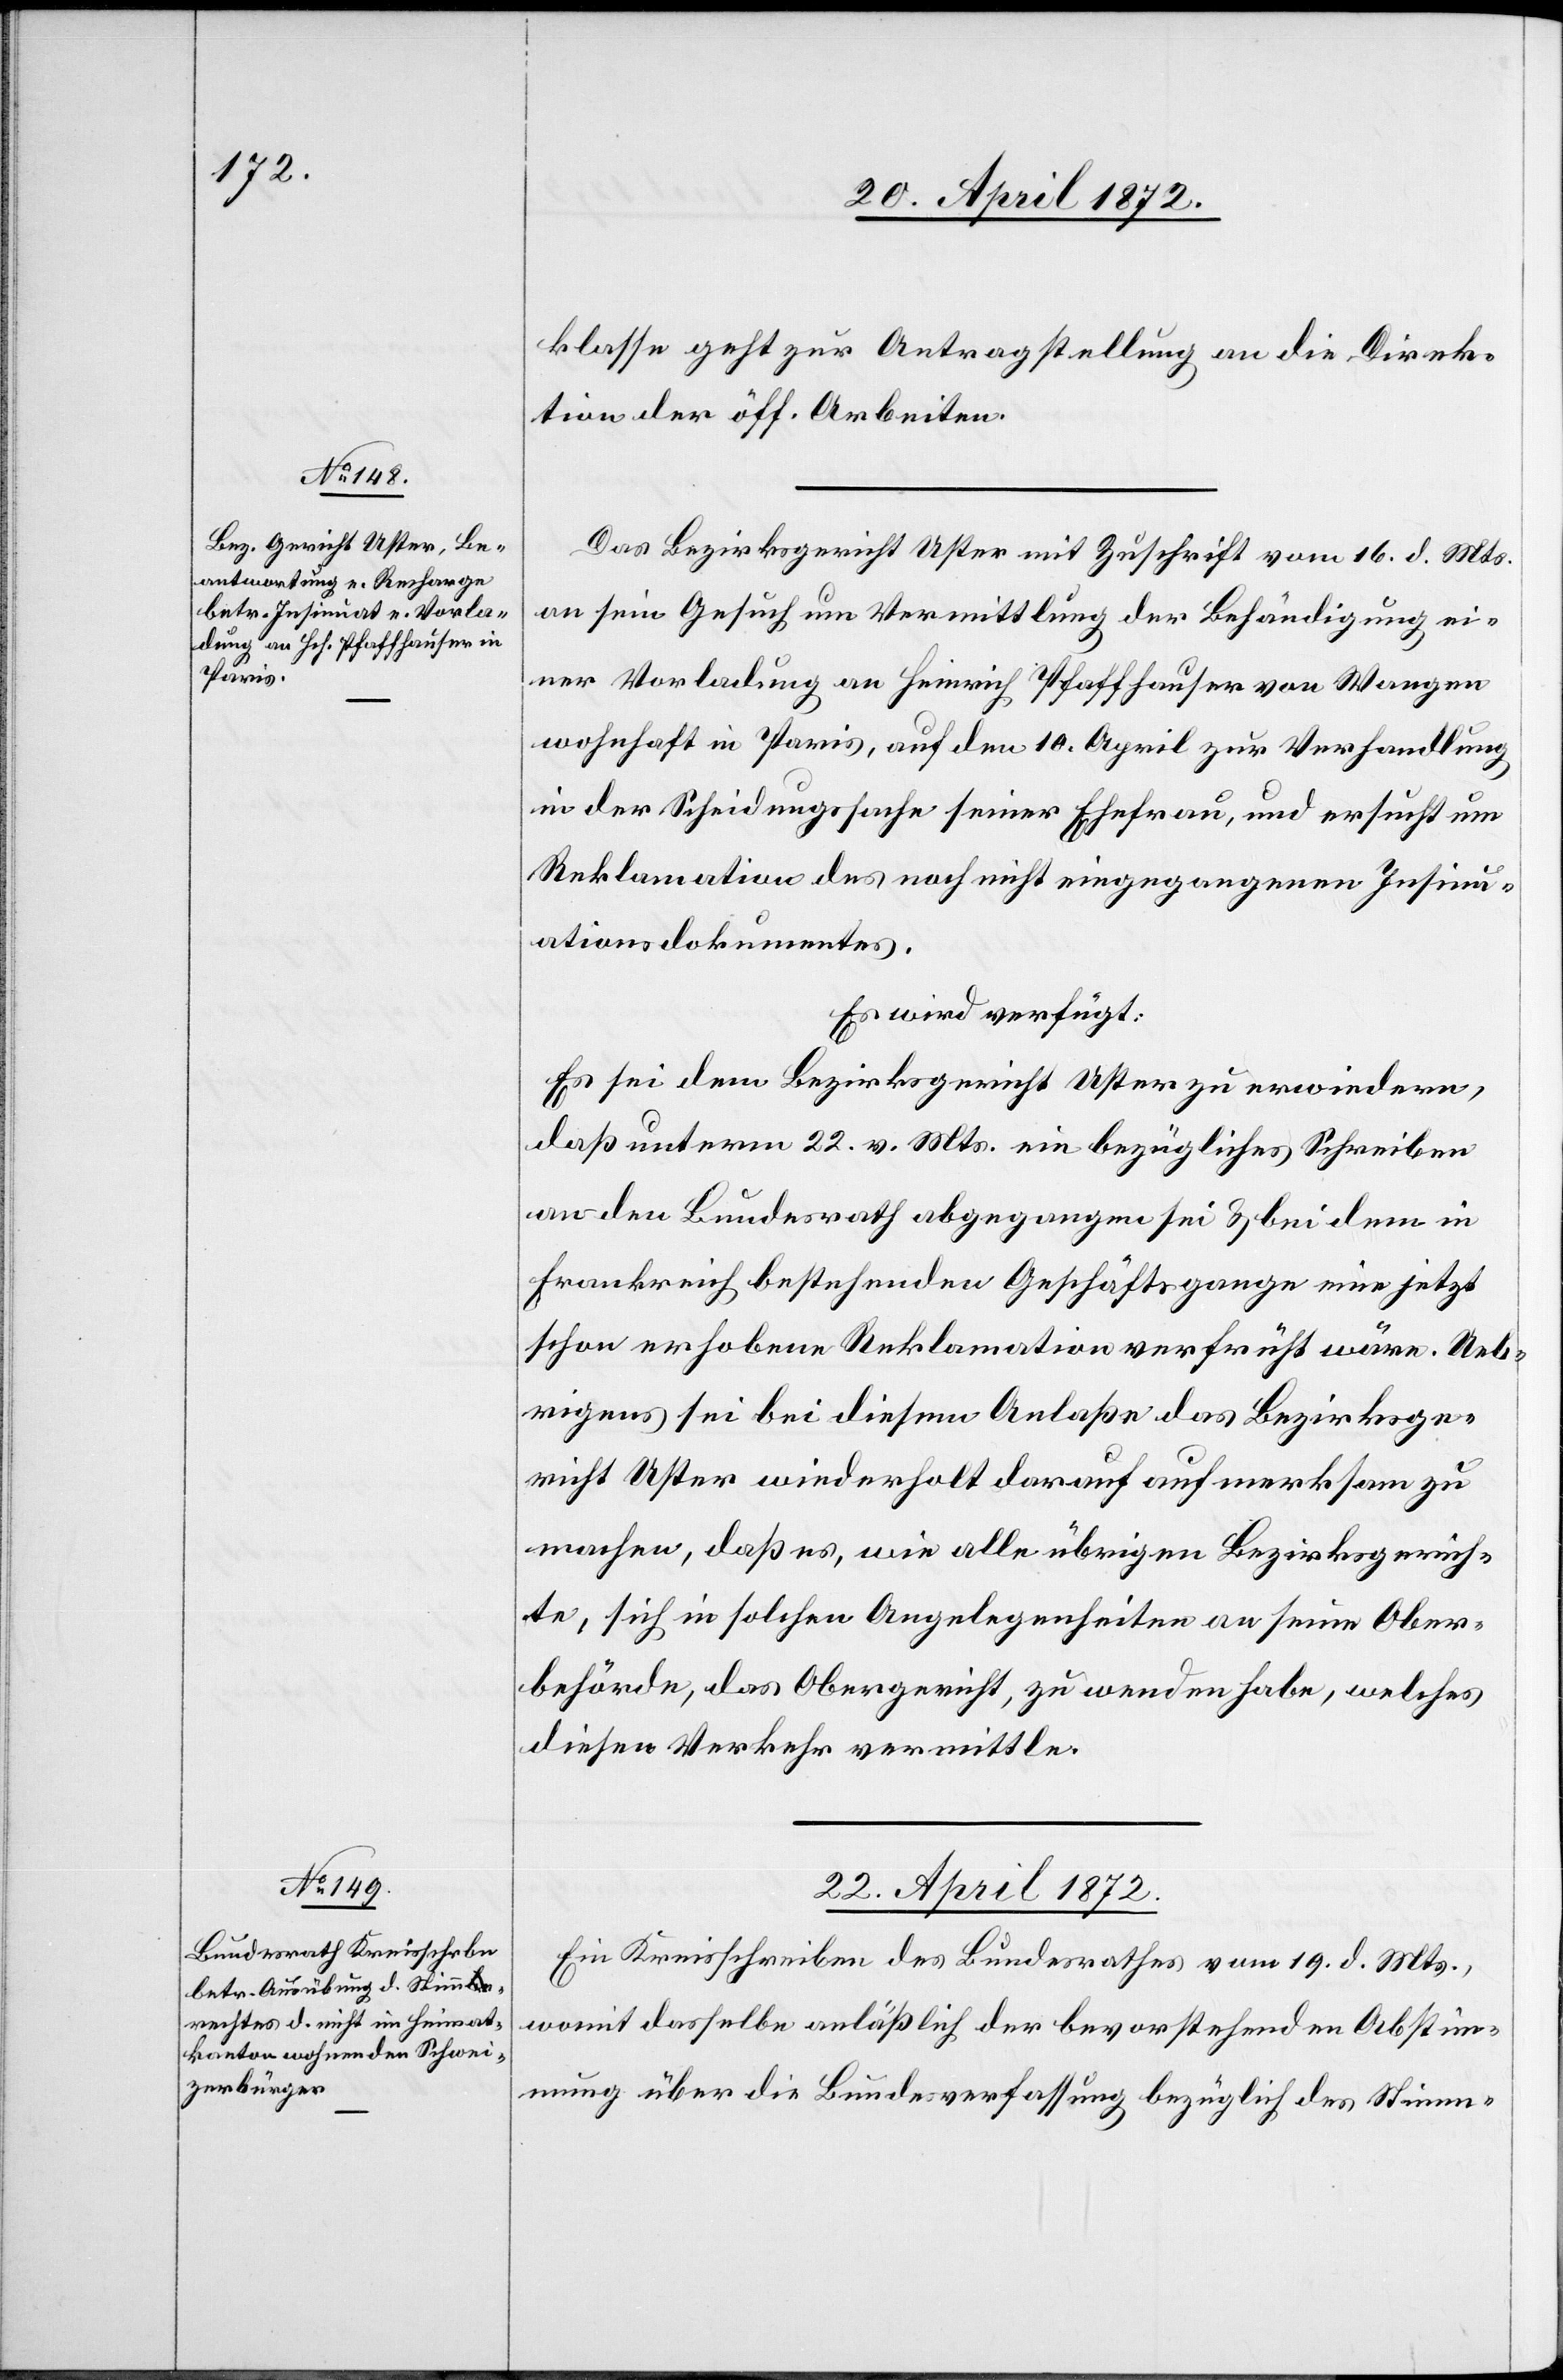
20. April 1872.]
klasse geht zur Antragstellung an die Direk¬
tion der öff. Arbeiten.
Das Bezirksgericht Uster mit Zuschrift vom 16. d. Mts.
an sein Gesuch [sic!] um Vermittlung der Behändigung ei¬
ner Vorladung an Heinrich Pfaffhausen von Wangen
wohnhaft in Paris, auf den 10. April zur Verhandlung
in der Scheidungssache seiner Ehefrau, und ersucht um
Reklamation des noch nicht eingegangenen Insinu¬
ationsdokumentes.
Es wird verfügt:
Es sei dem Bezirksgericht Uster zu erwiedern,
daß unterm 22. v. Mts. ein bezügliches Schreiben
an den Bundesrath abgegangen sei u. bei dem in
Frankreich bestehenden Geschäftsgange eine jetzt
schon erhobene Reklamation verfrüht wäre. Ueb¬
rigens sei bei diesem Anlaße das Bezirksge¬
richt Uster wiederholt darauf aufmerksam zu
machen, daß es, wie alle übrigen Bezirksgerich¬
te, sich in solchen Angelegenheiten an seine Ober¬
behörde, das Obergericht, zu wenden habe, welches
diesen Verkehr vermittle.
22. April 1872.
Ein Kreisschreiben des Bundesrathes vom 19. d. Mts.,
womit dasselbe anläßlich der bevorstehenden Abstim¬
mung über die Bundesverfassung bezüglich des Stimm-